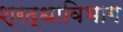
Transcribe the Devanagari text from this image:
श्रद्धाविभाग